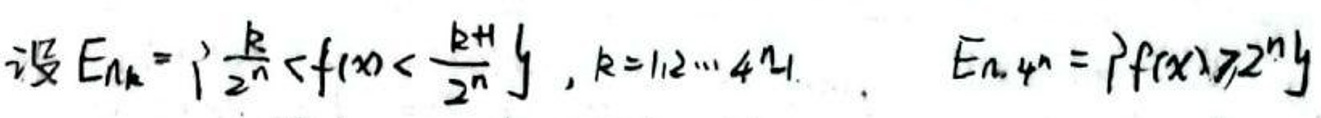
设\(E_{n,k}=\left[\frac{k}{2^{n}},\frac{k+1}{2^{n}}\right),k = 1,2,\cdots,4^{n}\)，\(E_{n,4^{n}}=\left[f(x),2^{2n}\right]\)